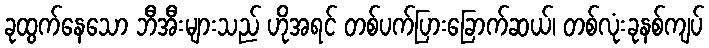
ခုထွက်နေသော ဘီအီးများသည် ဟိုအရင် တစ်ပက်ပြားခြောက်ဆယ်၊ တစ်လုံးခုနစ်ကျပ်